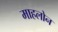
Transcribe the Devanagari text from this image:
माहलोन